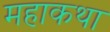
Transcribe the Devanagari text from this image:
महाकथा